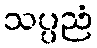
သပ္ပညံ